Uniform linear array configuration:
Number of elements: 48
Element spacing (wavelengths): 0.75
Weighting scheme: hann
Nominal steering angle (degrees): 30
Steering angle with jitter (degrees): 29.167
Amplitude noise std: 0.05
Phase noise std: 0.05

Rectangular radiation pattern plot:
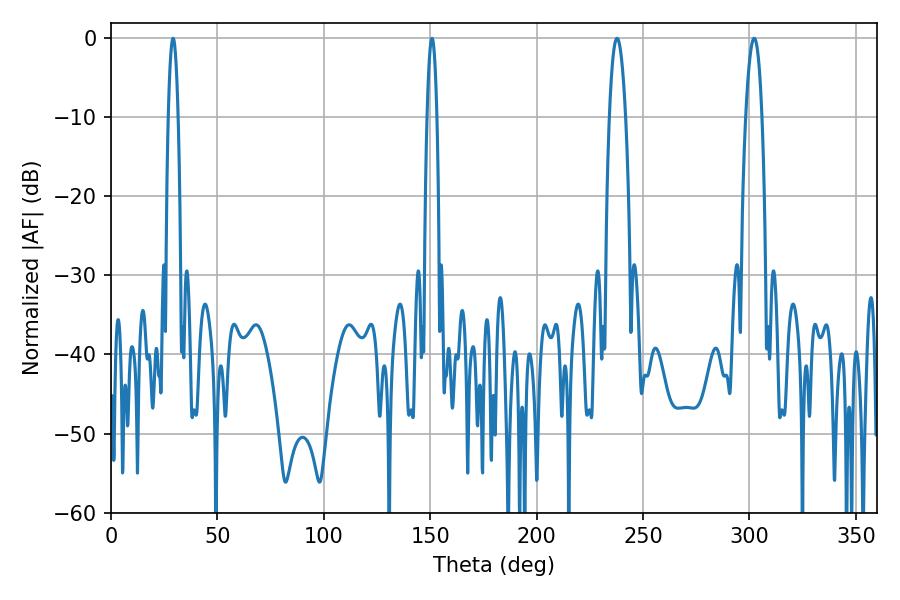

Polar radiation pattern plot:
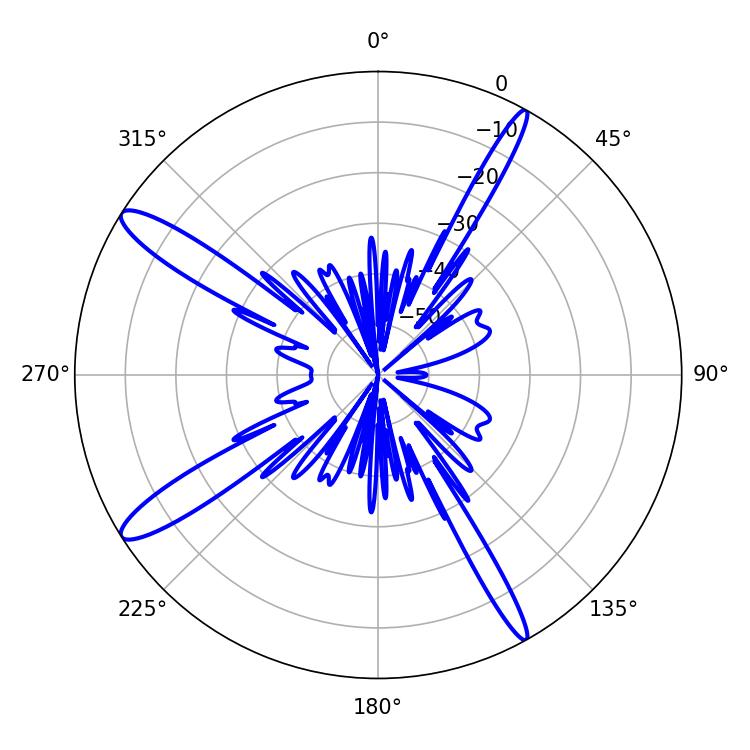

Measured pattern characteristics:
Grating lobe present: TRUE
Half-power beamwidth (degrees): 4.14
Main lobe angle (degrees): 302.22